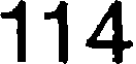
114